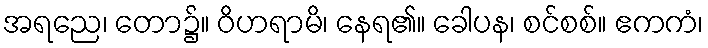
အရညေ၊ တော၌။ ဝိဟရာမိ၊ နေရ၏။ ခေါပန၊ စင်စစ်။ ဧကကံ၊